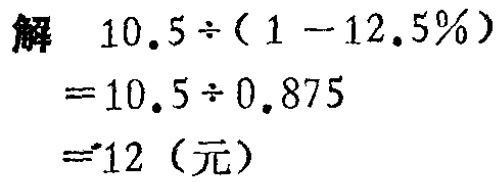
解

\[

\begin{align*}

&10.5\div(1 - 12.5\%)\\

=&10.5\div0.875\\

=&12 \text{（元）}

\end{align*}

\]